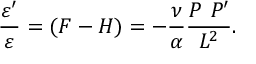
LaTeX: \frac { \varepsilon ^ { \prime } } { \varepsilon } = ( { \cal F } - { \cal H } ) = - \frac { \nu } { \alpha } \frac { P ~ P ^ { \prime } } { { \cal L } ^ { 2 } } .